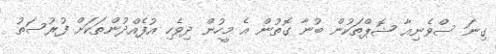
ގިނަ ސްވެނިއާ ޝޮޕްތަކުން ބުނާ ގޮތުން އެ މީހުން ދިވެހި އުފެއްދުންތަކަށް ފުރުސަތު